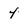
Character: 4